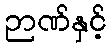
ဉာဏ်နှင့်